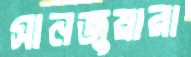
সানজুয়ারা